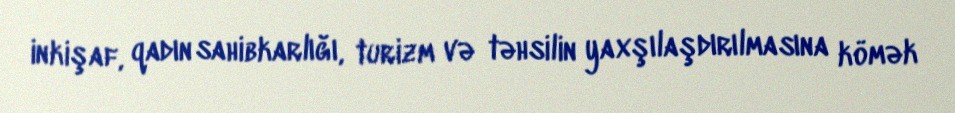
inkişaf, qadın sahibkarlığı, turizm və təhsilin yaxşılaşdırılmasına kömək